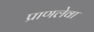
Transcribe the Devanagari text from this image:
प्राणलेवा